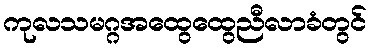
ကုလသမဂ္ဂအထွေထွေညီလာခံတွင်